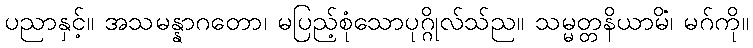
ပညာနှင့်။ အသမန္နာဂတော၊ မပြည့်စုံသောပုဂ္ဂိုလ်သ်ည။ သမ္မတ္တနိယာမိံ၊ မဂ်ကို။